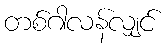
တစ်ဂါလန်လျှင်